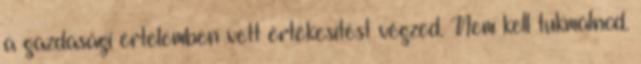
a gazdasági értelemben vett értékesítést végzed. Nem kell tukmálnod.